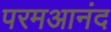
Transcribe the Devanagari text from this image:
परमआनंद